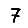
Digit: 7